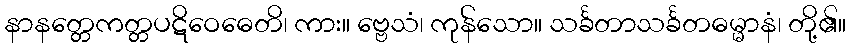
နာနတ္တေကတ္တပဋိဝေဓေတိ၊ ကား။ ဗ္ဗေသံ၊ ကုန်သော။ သင်္ခတာသင်္ခတဓမ္မာနံ၊ တို့၏။